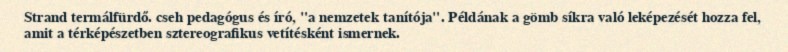
Strand termálfürdő. cseh pedagógus és író, "a nemzetek tanítója". Példának a gömb síkra való leképezését hozza fel, amit a térképészetben sztereografikus vetítésként ismernek.